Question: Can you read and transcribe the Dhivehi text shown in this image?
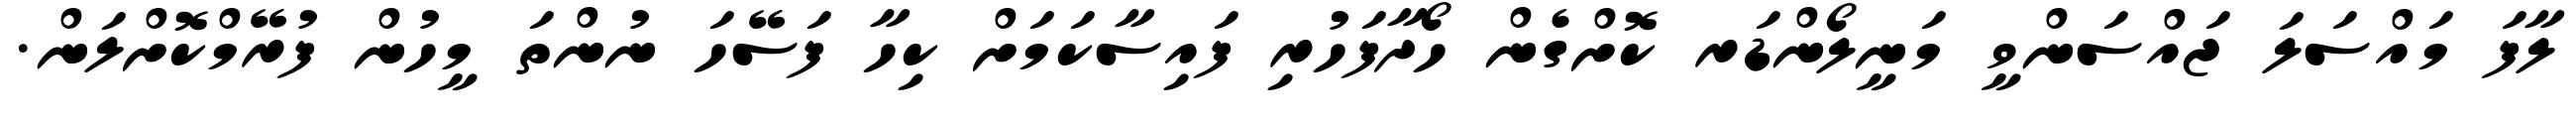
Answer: ލާފަ މައްސަލަ ޖައްސަންވީ މަނީލޯންޑަރ ކޮށްގެން ހޯދާފަހުރި ފައިސާކަމަށް ކިހާ ފަސޭހަ ނުންތަ މީހުން ފުރޭމްކޮށްލަން.